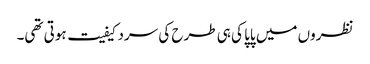
نظروں میں پاپا کی ہی طرح کی سردکیفیت ہوتی تھی۔